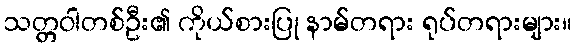
သတ္တဝါတစ်ဦး၏ ကိုယ်စားပြု နာမ်တရား ရုပ်တရားများ။